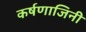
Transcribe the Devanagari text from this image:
कर्षणाजिनी